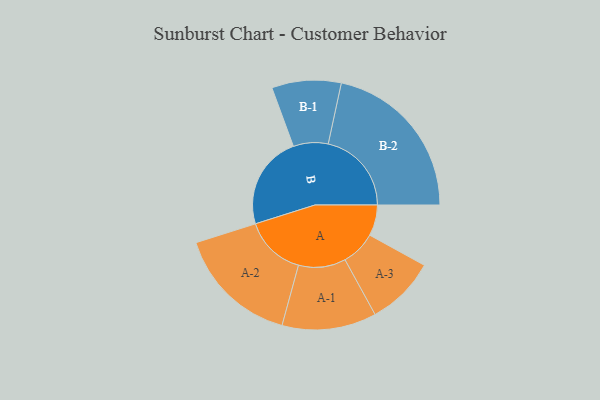
{"axis": {"x": "Segment", "y": "Value"}, "legend": ["", "A", "B"], "data": [{"x": "A", "y": 106, "type": ""}, {"x": "B", "y": 321, "type": ""}, {"x": "A-1", "y": 162, "type": "A"}, {"x": "A-2", "y": 210, "type": "A"}, {"x": "A-3", "y": 119, "type": "A"}, {"x": "B-1", "y": 119, "type": "B"}, {"x": "B-2", "y": 286, "type": "B"}]}